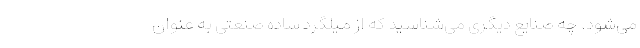
می‌شود. چه صنایع دیگری می‌شناسید که از میلگرد ساده صنعتی به عنوان